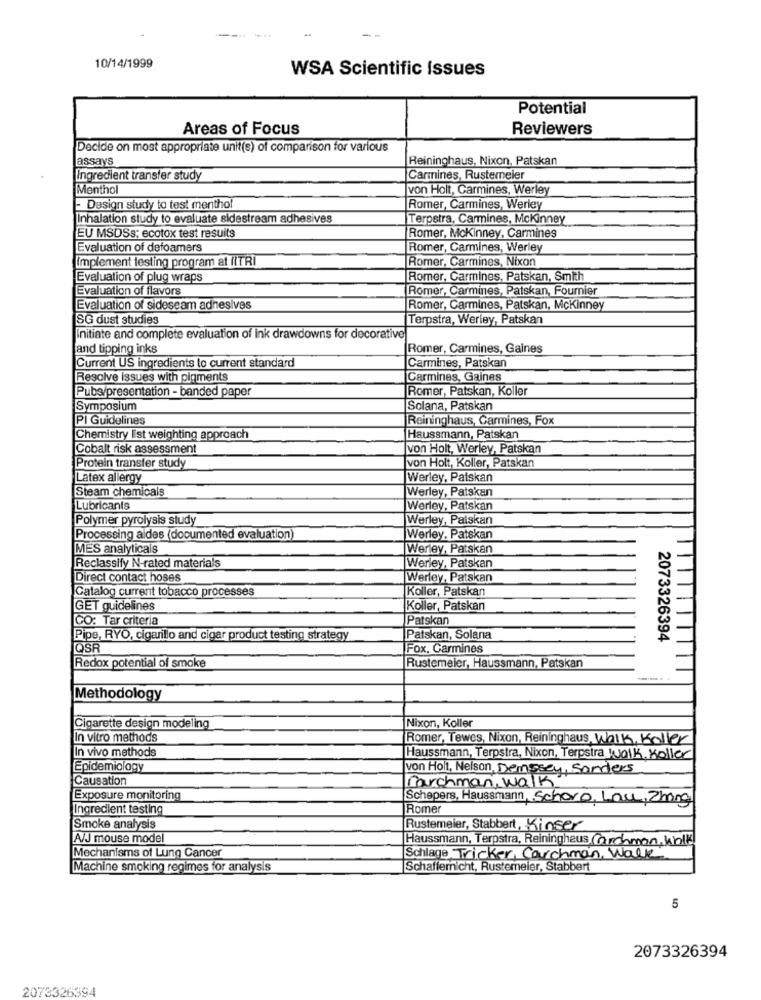
-
10/14/1999
WSA Scientific Issues
Potential
Areas of Focus
Reviewers
Decide on most appropriate unit(s) of comparison for various
assays
Reininghaus, Nixon, Patskan
Ingredient transfer study
Carmines, Rusterneler
Menthol
von Holt, Carmines, Werley
- Design study to test menthol
Romer, Carmines, Werley
Inhalation study to evaluate sidestream adhesives
Terpstra, Carmines, Mckinney
EU MSDSs: ecotox test results
Romer, Mckinney, Carmines
Evaluation of defoamers
Romer, Carmines, Werley
Implement testing program at (ITRI
Romer, Carmines, Nixon
Evaluation of plug wraps
Romer, Carmines, Patskan, Smith
Evaluation of flavors
Romer, Carmines, Patskan, Fournier
Evaluation of sideseam adhesives
Romer, Carmines, Patskan, Mckinney
SG dust studies
Terpstra, Werley, Patskan
Initiate and complete evaluation of ink drawdowns for decorative
and tipping inks
Romer, Carmines, Gaines
Carmines, Patskan
Current US ingredients to current standard
Resolve issues with pigments
Carmines, Gaines
Pubs/presentation - banded paper
Romer, Patskan, Koller
Symposium
Solana, Patskan
PI Guidelines
Reininghaus, Carmines, Fox
Chemistry list weighting approach
Haussmann, Patskan
Cobalt risk assessment
von Holt, Werley, Patskan
von Holt, Koller, Patskan
Protein transfer study
Latex allergy
Werley, Paiskan
Steam chemicals
Werley, Patskan
Lubricants
Werley, Patskan
Polymer pyrolysis study
Werley, Paiskan
Processing aides (documented evaluation)
Werley, Patskan
MES analyticals
Werley, Patskan
Reclassify N-rated materials
Werley, Patskan
Direct contact hoses
Werley, Patskan
Catalog current tobacco processes
Koller, Patskan
GET guidelines
Koller, Patskan
CO: Tar criteria
Patskan
Pipe, RYO, cigarillo and cigar product testing strategy
Patskan, Solana
2073326394
QSR
Fox. Carmines
Redox potential of smoke
Rustemeier, Haussmann, Patskan
-..
Methodology
Cigarette design modeling
Nixon, Koller
In vitro methods
Romer, Tewes, Nixon, Reininghaus, Walk, Koller
In vivo methods
Haussmann, Terpstra, Nixon, Terpstra Wolk. Koller
Epidemiology
von Holt, Nelson, Dempsey, Sanders
Causation
marchman, walk
Exposure monitoring
Schepers, Haussmann, Schoro, Low, Zhong
Ingredient testing
Romer
Smoke analysis
Rustemeier, Stabbert, Kinser
A/J mouse model
Haussmann, Terpstra, Reininghaus Carchmon, Walk
Mechanisms of Lung Cancer
Schlage Tricker, Carchman, Walk
Machine smoking regimes for analysis
Schaffernicht, Rustemeier, Stabbert
5
2073326394
2073326394